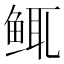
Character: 𫚚